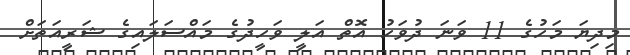
މިދިޔަ މަހުގެ 11 ވަނަ ދުވަހު އޮތް އަލީ ވަހީދުގެ މައްސަލައިގެ ޝަރީއަތަށް